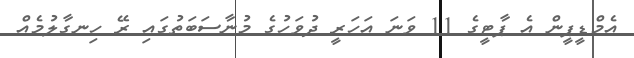
އެމްޑީޕީން އެ ޕާޓީގެ 11 ވަނަ އަހަރީ ދުވަހުގެ މުނާސަބަތުގައި ރޭ ހިނގާލުމެއް